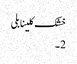
خشک کلینابلی
2 ۔